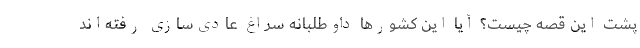
پشت این قصه چیست؟ آیا این کشورها داوطلبانه سراغ عادی‌سازی‌ رفته‌اند